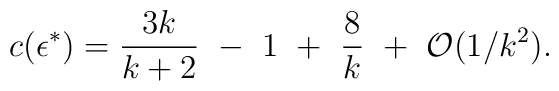
c(\epsilon^{*})={3k\over k+2}~-~1~+~{8\over k}~+~{\cal O}(1/k^2).